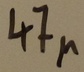
Text: 47µ